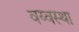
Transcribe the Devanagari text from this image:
वय्वस्था